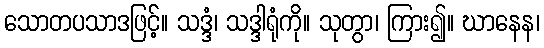
သောတပသာဒဖြင့်။ သဒ္ဒံ၊ သဒ္ဒါရုံကို။ သုတွာ၊ ကြား၍။ ဃာနေန၊